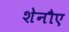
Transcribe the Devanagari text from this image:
शेनौए